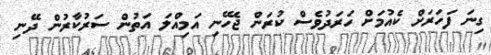
ގިނަ ފަހަރަށް ކެއުމަށް ހަރަދުވެސް ކުރަން ޖެހޭނި އަމިއްލަ އަތުން ސަރުކާރުން ދޭނި